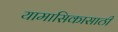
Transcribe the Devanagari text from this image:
यामासिकासाठी